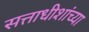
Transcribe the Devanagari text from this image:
सत्ताधीशांच्या